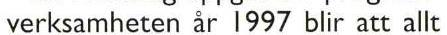
verksamheten år i997 blir att allt